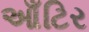
આઁટિર